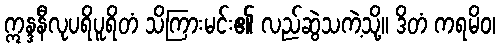
ဣန္ဒနီလုပရိပူရိတံ သိကြားမင်း၏ လည်ဆွဲသကဲ့သို့။ ဒိတံ ကရမိဝ၊